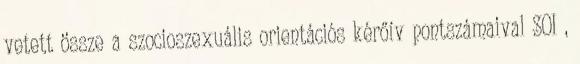
vetett össze a szocioszexuális orientációs kérőív pontszámaival SOI ,